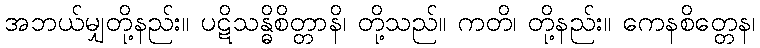
အဘယ်မျှတို့နည်း။ ပဋိသန္ဓိစိတ္တာနိ၊ တို့သည်။ ကတိ၊ တို့နည်း။ ကေနစိတ္တေန၊